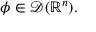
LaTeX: \phi \in { \mathcal { D } } ( \mathbb { R } ^ { n } ) .